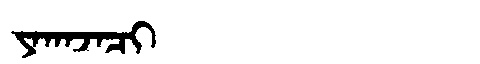
Manchu: ᠶᠠᡴᠠᠵᠠᠴᡳ
Romanization: YAKAJACI